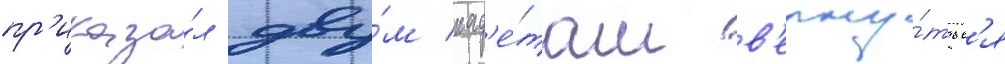
пр'иказа́л дву́м кад'е́там в'ерну́тьс'я